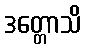
ဒတ္တောသိ